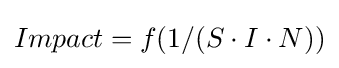
Impact=f(1/(S\cdot I\cdot N))